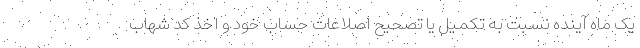
یک ماه آینده نسبت به تکمیل یا تصحیح اصلاعات حساب خود و اخذ کد شهاب